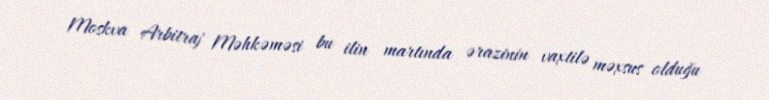
Moskva Arbitraj Məhkəməsi bu ilin martında ərazinin vaxtilə məxsus olduğu